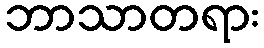
ဘာသာတရား